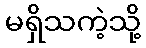
မရှိသကဲ့သို့